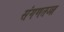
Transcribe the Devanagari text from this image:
संगणतज्ज्ञ